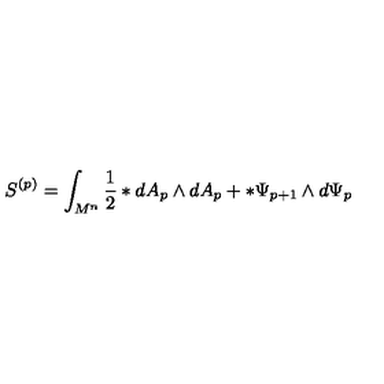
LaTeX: S ^ { ( p ) } = \int _ { M ^ { n } } ^ { } { \frac { 1 } { 2 } } \ast d A _ { p } \wedge d A _ { p } + \ast \Psi _ { p + 1 } \wedge d \Psi _ { p }